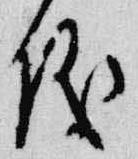
儀